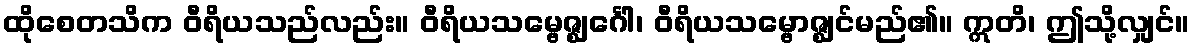
ထိုစေတသိက ဝီရိယသည်လည်း။ ဝီရိယသမ္ဗေဇ္ဈင်္ဂေါ၊ ဝီရိယသမ္ဗောဇ္ဈင်မည်၏။ ဣတိ၊ ဤသို့လျှင်။